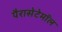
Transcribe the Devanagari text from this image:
पैरासेटेमॉल